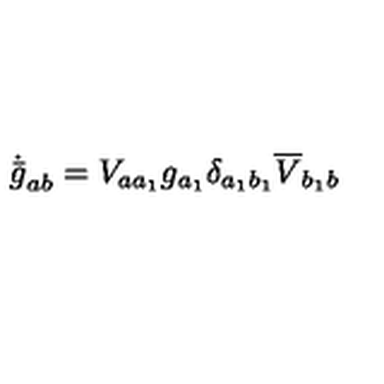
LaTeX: \dot { \bar { g } } _ { a b } = V _ { a a _ { 1 } } g _ { a _ { 1 } } \delta _ { a _ { 1 } b _ { 1 } } \overline { { V } } _ { b _ { 1 } b }